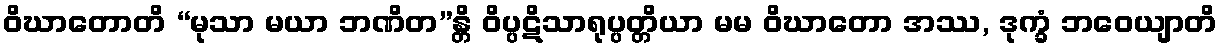
ဝိဃာတောတိ “မုသာ မယာ ဘဏိတ”န္တိ ဝိပ္ပဋိသာရုပ္ပတ္တိယာ မမ ဝိဃာတော အဿ, ဒုက္ခံ ဘဝေယျာတိ